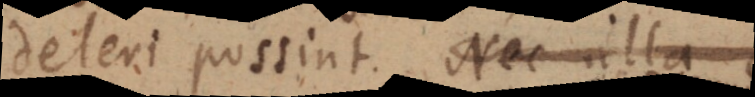
deleri possint. Nec ulla